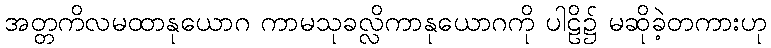
အတ္တကိလမထာနုယောဂ ကာမသုခလ္လိကာနုယောဂကို ပါဠိ၌ မဆိုခဲ့တကားဟု